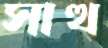
সাত্থ